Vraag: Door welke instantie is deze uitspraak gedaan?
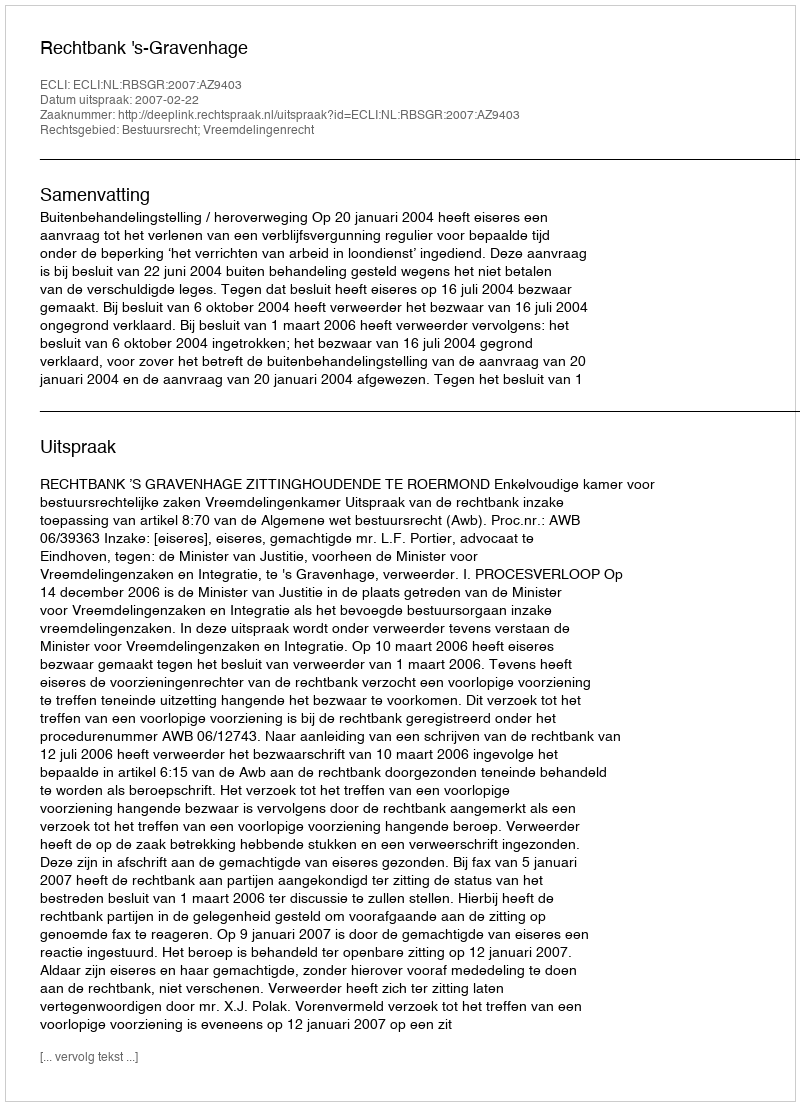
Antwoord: Rechtbank 's-Gravenhage